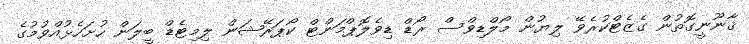
ޤާނޫނީގޮތުން ގެޒެޓްކުރެވޭ ލިޔުން މޯލްޑިވްސް ރޯޑް ޑިވެލޮޕްމަންޓް ކޯޕަރޭޝަން ލިމިޓެޑް ބީލަން ހުށަހެޅުއްވުމުގެ